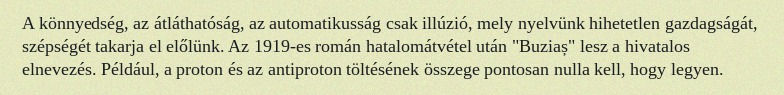
A könnyedség, az átláthatóság, az automatikusság csak illúzió, mely nyelvünk hihetetlen gazdagságát, szépségét takarja el előlünk. Az 1919-es román hatalomátvétel után "Buziaș" lesz a hivatalos elnevezés. Például, a proton és az antiproton töltésének összege pontosan nulla kell, hogy legyen.